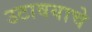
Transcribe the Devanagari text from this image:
उटावयाचे